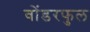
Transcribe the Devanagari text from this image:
वोंडरफुल